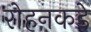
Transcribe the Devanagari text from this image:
रोहनकडे